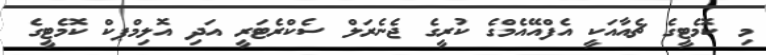
މި ކޮމެޓީގެ ޗެއާއަކީ އެފްއޭއެމްގެ ކުރީގެ ޖެނެރަލް ސެކްރެޓަރީ އަދި އޮލިމްޕކް ކޮމެޓީގެ